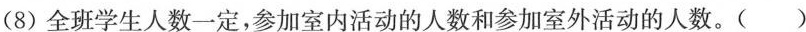
((8)全班学生人数一定，参加室内活动的人数和参加室外活动的人数。( )